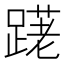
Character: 𲃽